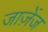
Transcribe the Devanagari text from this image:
जाज़ेंज